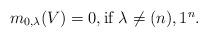
LaTeX: \begin{align*} m_{0,\lambda}(V) = 0, \mbox{if $\lambda \neq (n),1^n$}. \end{align*}